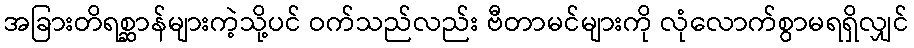
အခြားတိရစ္ဆာန်များကဲ့သို့ပင် ဝက်သည်လည်း ဗီတာမင်များကို လုံလောက်စွာမရရှိလျှင်